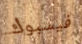
فيسبوك